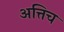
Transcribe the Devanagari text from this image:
अत्तिच